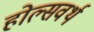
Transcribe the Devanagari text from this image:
होल्सवर्थ